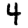
Digit: 4